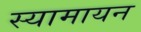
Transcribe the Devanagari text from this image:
स्यामायन